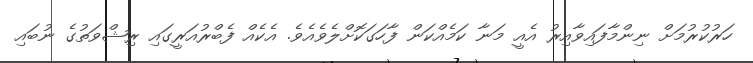
ހަރުކުރުމަށް ނިންމާފައިވާއިރު އެއީ މަނާ ކަމެއްކަން ފާހަގަކޮށްލެވެއެވެ. އެކެއް ފެބްރުއަރީގައި ރިޝްވަތުގެ ނުބައި